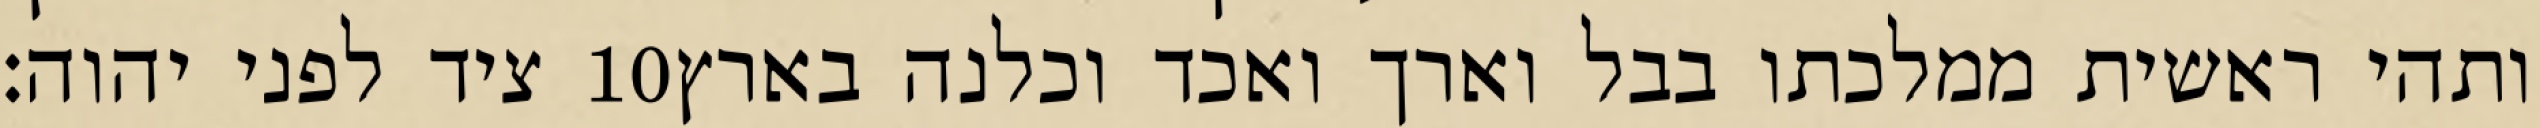
ציד לפני יהוה׃ ‎10‏ ותהי ראשית ממלכתו בבל וארך ואכד וכלנה בארץ